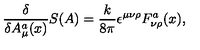
{ \frac { \delta } { \delta A _ { \mu } ^ { a } ( x ) } } S ( A ) = { \frac { k } { 8 \pi } } \epsilon ^ { \mu \nu \rho } F _ { \nu \rho } ^ { a } ( x ) ,